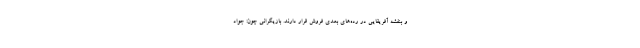
و بنفشه آفریقایی در رده‌های بعدی فروش قرار دارند. بازیگرانی چون: جواد